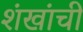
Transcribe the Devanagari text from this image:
शंखांची